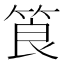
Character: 筤